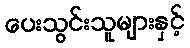
ပေးသွင်းသူများနှင့်